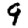
Digit: 9